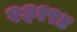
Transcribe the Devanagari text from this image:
१३१९४